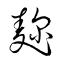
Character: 麹